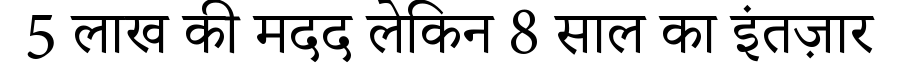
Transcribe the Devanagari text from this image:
5 लाख की मदद लेकिन 8 साल का इंतज़ार